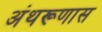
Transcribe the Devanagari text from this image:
अंथरूणास